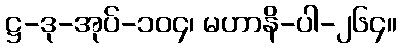
ဋ္ဌ-ဒု-အုပ်-၁၀၄၊ မဟာနိ-ပါ-၂၆၄။